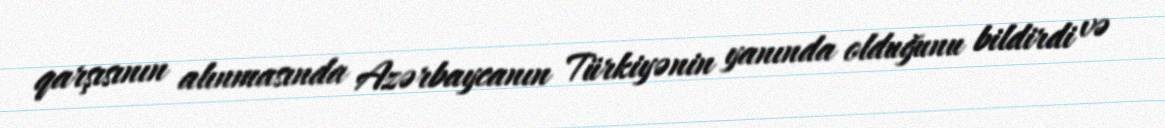
qarşısının alınmasında Azərbaycanın Türkiyənin yanında olduğunu bildirdi və